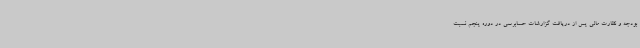
بودجه و نظارت مالی پس از دریافت گزارشات حسابرسی در دوره پنجم نسبت